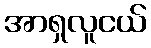
အာရှလူငယ်